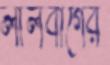
লালবাগের